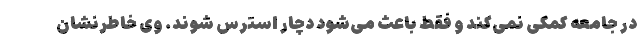
در جامعه کمکی نمی‌کند و فقط باعث می‌شود دچار استرس شوند. وی خاطرنشان